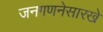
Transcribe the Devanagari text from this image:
जनगणनेसारखे